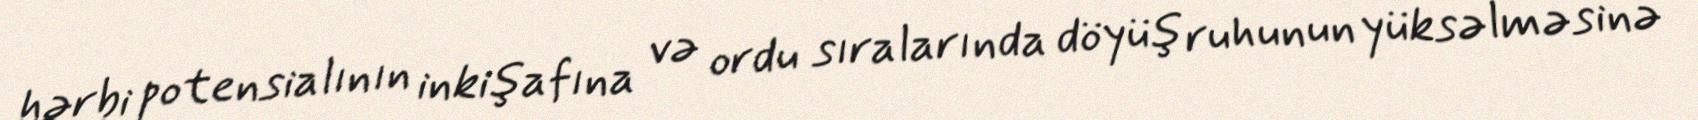
hərbi potensialının inkişafına və ordu sıralarında döyüş ruhunun yüksəlməsinə